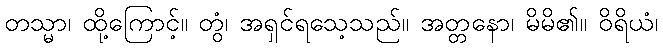
တသ္မာ၊ ထို့ကြောင့်။ တွံ၊ အရှင်ရသေ့သည်။ အတ္တနော၊ မိမိ၏။ ဝိရိယံ၊